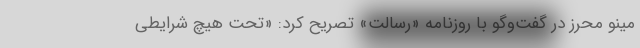
مینو محرز در گفت‌وگو با روزنامه «رسالت» تصریح کرد: «تحت هیچ شرایطی